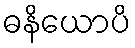
ဓနိယောပိ